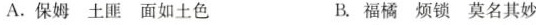
A.保姆土匪面如土色 B.福橘烦锁莫名其妙